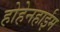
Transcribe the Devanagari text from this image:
होहेनहाईम